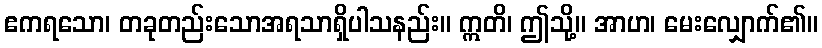
ဧကရသော၊ တခုတည်းသောအရသာရှိပါသနည်း။ ဣတိ၊ ဤသို့။ အာဟ၊ မေးလျှောက်၏။